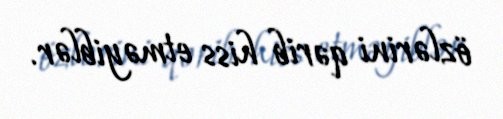
özlərini qərib hiss etməyiblər.